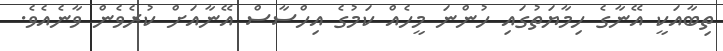
ތިބާއަކީ އޭނާގެ ހިމާޔަތުގައި ހުންނަ މީހެއް ކަމުގެ އިހްސާސް އޭނާއަށް ކުރެވެން ވާނެއެވެ.